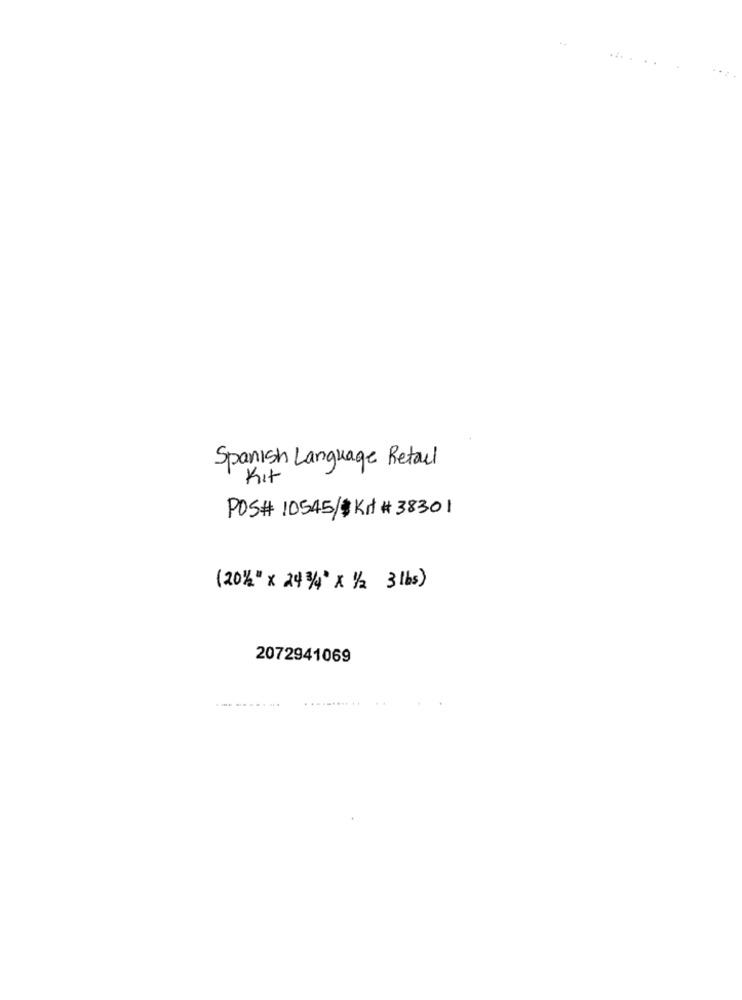
Spanish Language Retail
Kit
POS# 10545/$Krt # 38301
(20%" x 24 3/4" x 1/2 3 lbs)
2072941069
... ..... ...
. ...... ..